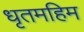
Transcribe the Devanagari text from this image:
धृतमहिम